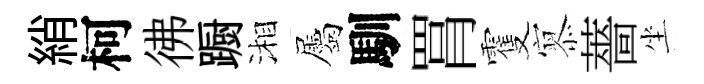
綃柯彿蹰湘屬馴罥䨥𡪹薔坐